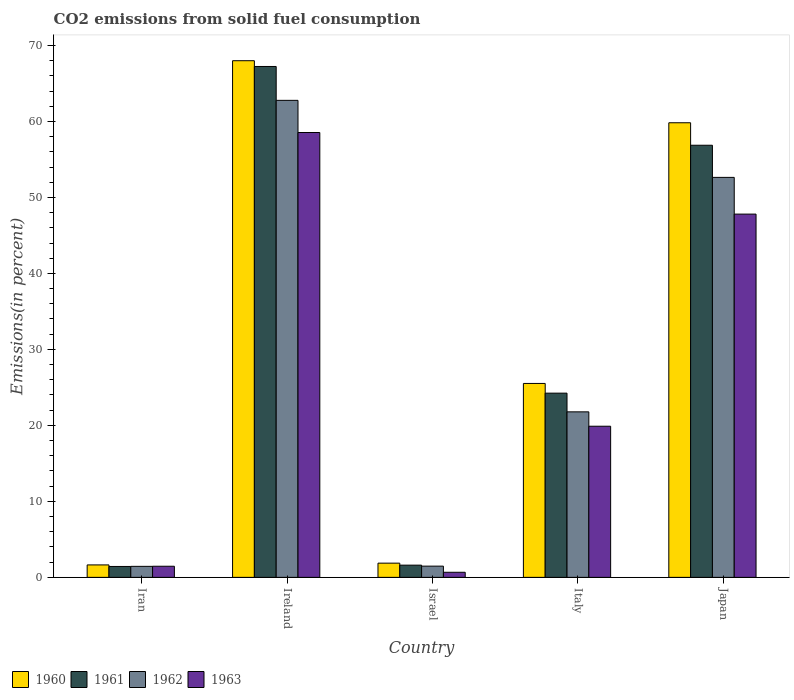
| Country | 1960 | 1961 | 1962 | 1963 |
 | --- | --- | --- | --- | --- |
 | Iran | 1.64 | 1.44 | 1.45 | 1.46 |
 | Ireland | 68 | 67.2 | 62.8 | 58.5 |
 | Israel | 1.87 | 1.61 | 1.48 | 0.67 |
 | Italy | 25.5 | 24.2 | 21.8 | 19.9 |
 | Japan | 59.8 | 56.9 | 52.6 | 47.8 |